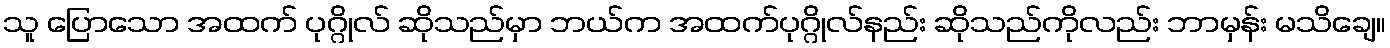
သူ ပြောသော အထက် ပုဂ္ဂိုလ် ဆိုသည်မှာ ဘယ်က အထက်ပုဂ္ဂိုလ်နည်း ဆိုသည်ကိုလည်း ဘာမှန်း မသိချေ။